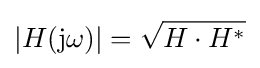
|H(\mathrm {j} \omega )|={\sqrt {H\cdot H^{*}}}